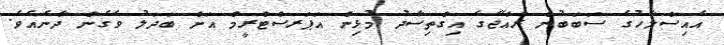
އެއިސްލާހުގެ ސަބަބުން ރާއްޖޭގެ އިގްތިސާދު މުޅިން އަޕަރސްޓްރީމް އަށް ބަދަލު ވެގެން ދާނެއެވެ.